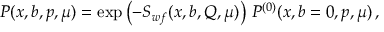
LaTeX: { \cal P } ( x , b , p , \mu ) = \exp \left( - S _ { w f } ( x , b , Q , \mu ) \right) \, { \cal P } ^ { ( 0 ) } ( x , b = 0 , p , \mu ) \, ,